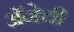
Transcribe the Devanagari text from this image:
अॅनेची